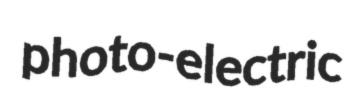
photo-electric